Malaria in the Punjab - Number 46
Disease focus: Malaria
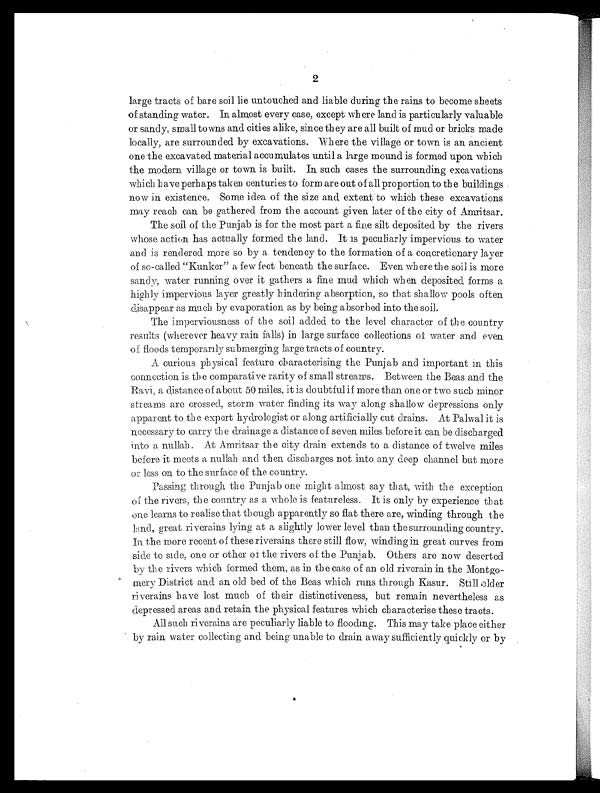
2
large tracts of bare soil lie untouched and liable during the rains to become sheets
of standing water. In almost every case, except where land is particularly valuable
or sandy, small towns and cities alike, since they are all built of mud or bricks made
locally, are surrounded by excavations. Where the village or town is an ancient
one the excavated material accumulates until a large mound is formed upon which
the modern village or town is built. In such cases the surrounding excavations
which have perhaps taken centuries to form are out of all proportion to the buildings
now in existence. Some idea of the size and extent to which these excavations
may reach can be gathered from the account given later of the city of Amritsar.
The soil of the Punjab is for the most part a fine silt deposited by the rivers
whose action has actually formed the land. It is peculiarly impervious to water
and is rendered more so by a tendency to the formation of a concretionary layer
of so-called "Kunker" a few feet beneath the surface. Even where the soil is more
sandy, water running over it gathers a fine mud. which when deposited forms a
highly impervious layer greatly hindering absorption, so that shallow pools often
disappear as much by evaporation as by being absorbed into the soil.
The imperviousness of the soil added to the level character of the country
results (wherever heavy rain falls) in large surface collections of water and even.
of floods temporarily submerging large tracts of country.
A curious physical feature characterising the Punjab and important in this
connection is the comparative rarity of small streams. Between the Beas and the
Ravi, a distance of about 50 miles, it is doubtful if more than one or two such minor
streams are crossed, storm water finding its way along shallow depressions only
apparent to the expert hydrologist or along artificially cut drains. At Palwal it is
necessary to carry the drainage a distance of seven miles before it can be discharged
into a nullah. At Amritsar the city drain extends to a distance of twelve miles
before it meets a nullah and their discharges not into any deep channel but more
or less on to the surface of the country.
Passing through the Punjab one might almost say that, with the exception
of the rivers, the country as a whole is featureless. It is only by experience that
one learns to realise that though apparently so flat there are, winding through the
land, great riverains lying at a slightly lower level than the surrounding country.
In the more recent of these riverains there still flow, winding in great curves from
side to side, one or other or the rivers of the Punjab. Others are now deserted
by the rivers which formed them, as in the case of an old riverain in the Montgo-
mery District and an old bed of the Beas which runs through Kasur. Still older
riverains have lost much of their distinctiveness, but remain nevertheless as
depressed areas and retain the physical features which characterise these tracts.
All such riverains are peculiarly liable to flooding. This may take place either
by rain water collecting and being unable to drain away sufficiently quickly or by